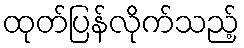
ထုတ်ပြန်လိုက်သည့်